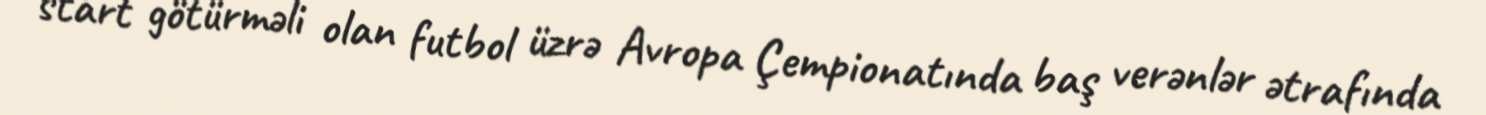
start götürməli olan futbol üzrə Avropa Çempionatında baş verənlər ətrafında